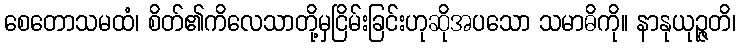
စေတောသမထံ၊ စိတ်၏ကိလေသာတို့မှငြိမ်းခြင်းဟုဆိုအပသော သမာဓိကို။ နာနုယုဉ္ဇတိ၊